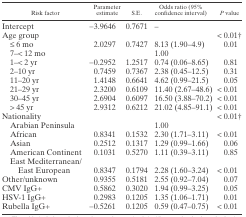
| Risk factor | Parameter estimate | S.E. | Odds ratio (95% confidence interval) | P value |
 | --- | --- | --- | --- | --- |
 | Intercept | −3.9646 | 0.7671 | – |  |
 | Age group |  |  |  | < 0.01† |
 | ≤ 6 mo | 2.0297 | 0.7427 | 8.13 (1.90–4.9) | 0.01 |
 | 7–< 12 mo |  |  | 1.00 |  |
 | 1–< 2 yr | −0.2952 | 1.2517 | 0.74 (0.06–8.65) | 0.81 |
 | 2–10 yr | 0.7459 | 0.7367 | 2.38 (0.45–12.5) | 0.31 |
 | 11–20 yr | 1.4148 | 0.6641 | 4.62 (0.99–21.5) | 0.05 |
 | 21–29 yr | 2.3200 | 0.6109 | 11.40 (2.67–48.6) | < 0.01 |
 | 30–45 yr | 2.6904 | 0.6097 | 16.50 (3.88–70.2) | < 0.01 |
 | > 45 yr | 2.9312 | 0.6212 | 21.02 (4.85–91.1) | < 0.01 |
 | Nationality |  |  |  | < 0.01† |
 | Arabian Peninsula |  |  | 1.00 |  |
 | African | 0.8341 | 0.1532 | 2.30 (1.71–3.11) | < 0.01 |
 | Asian | 0.2512 | 0.1317 | 1.29 (0.99–1.66) | 0.06 |
 | American Continent | 0.1031 | 0.5270 | 1.11 (0.39–3.11) | 0.85 |
 | East Mediterranean/East European | 0.8347 | 0.1794 | 2.28 (1.60–3.24) | < 0.01 |
 | Other/unknown | 0.9355 | 0.5181 | 2.55 (0.92–7.04) | 0.07 |
 | CMV IgG+ | 0.5862 | 0.3020 | 1.94 (0.99–3.25) | 0.05 |
 | HSV-1 IgG+ | 0.2983 | 0.1205 | 1.35 (1.06–1.71) | 0.01 |
 | Rubella IgG+ | −0.5261 | 0.1205 | 0.59 (0.47–0.75) | < 0.01 |